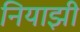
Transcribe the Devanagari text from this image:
नियाझी